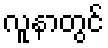
လူနာတွင်